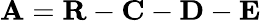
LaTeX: \mathbf{A}=\mathbf{R}-\mathbf{C}-\mathbf{D}-\mathbf{E}